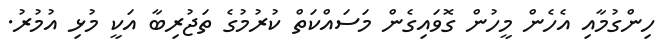
ހިންގުމާއި އެހެން މީހުން ގޮވައިގެން މަސައްކަތް ކުރުމުގެ ތަޖުރިބާ އަކީ މުޅި އުމުރު.